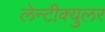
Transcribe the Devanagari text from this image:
लेन्टीक्युलर